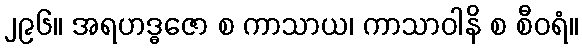
၂၉၆။ အရဟဒ္ဓဇော စ ကာသာယ၊ ကာသာဝါနိ စ စီဝရံ။